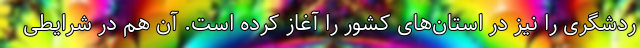
ردشگری را نیز در استان‌های کشور را آغاز کرده است. آن هم در شرایطی